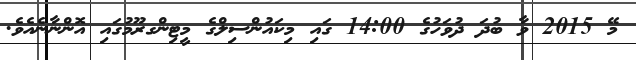
މޭ 2015 ވާ ބުދަ ދުވަހުގެ 14:00 ގައި މިކައުންސިލްގެ މީޓިންގރޫމުގައި އޮންނާނެއެވެ.